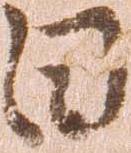
日